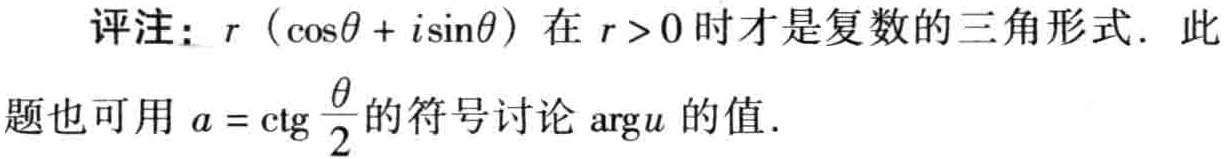
评注：\(r(\cos\theta + i\sin\theta)\)在 \(r > 0\) 时才是复数的三角形式. 此题也可用 \(a = \mathrm{ctg}\frac{\theta}{2}\) 的符号讨论 \(\mathrm{arg}u\) 的值.